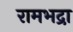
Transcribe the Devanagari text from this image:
रामभद्रा